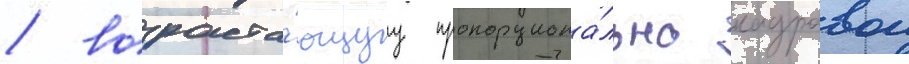
/ возраста́ющуу пропорциона́льно кадровои